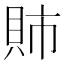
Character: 𫎕